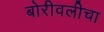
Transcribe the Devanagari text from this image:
बोरीवलीचा